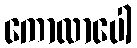
ကောလာပေါ